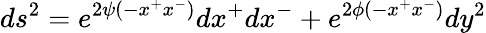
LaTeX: ds^{2}=e^{2\psi(-x^{+}x^{-})}dx^{+}dx^{-}+e^{2\phi(-x^{+}x^{-})}dy^{2}